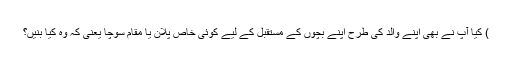
) کیا آپ نے بھی اپنے والد کی طرح اپنے بچوں کے مستقبل کے لیے کوئی خاص پلان یا مقام سوچا یعنی کہ وہ کیا بنیں؟